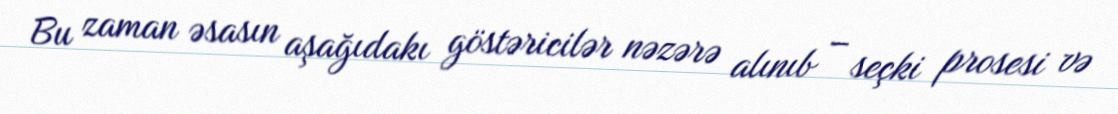
Bu zaman əsasın aşağıdakı göstəricilər nəzərə alınıb – seçki prosesi və